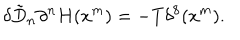
LaTeX: \delta \tilde { D } _ { n } \partial ^ { n } H ( x ^ { m } ) = - T \delta ^ { 8 } ( x ^ { m } ) .